DOW-UAP-D48, Department of the Air Force Report, 1996
Agency: Department of War
Incident date: 9/10/96
Page 20
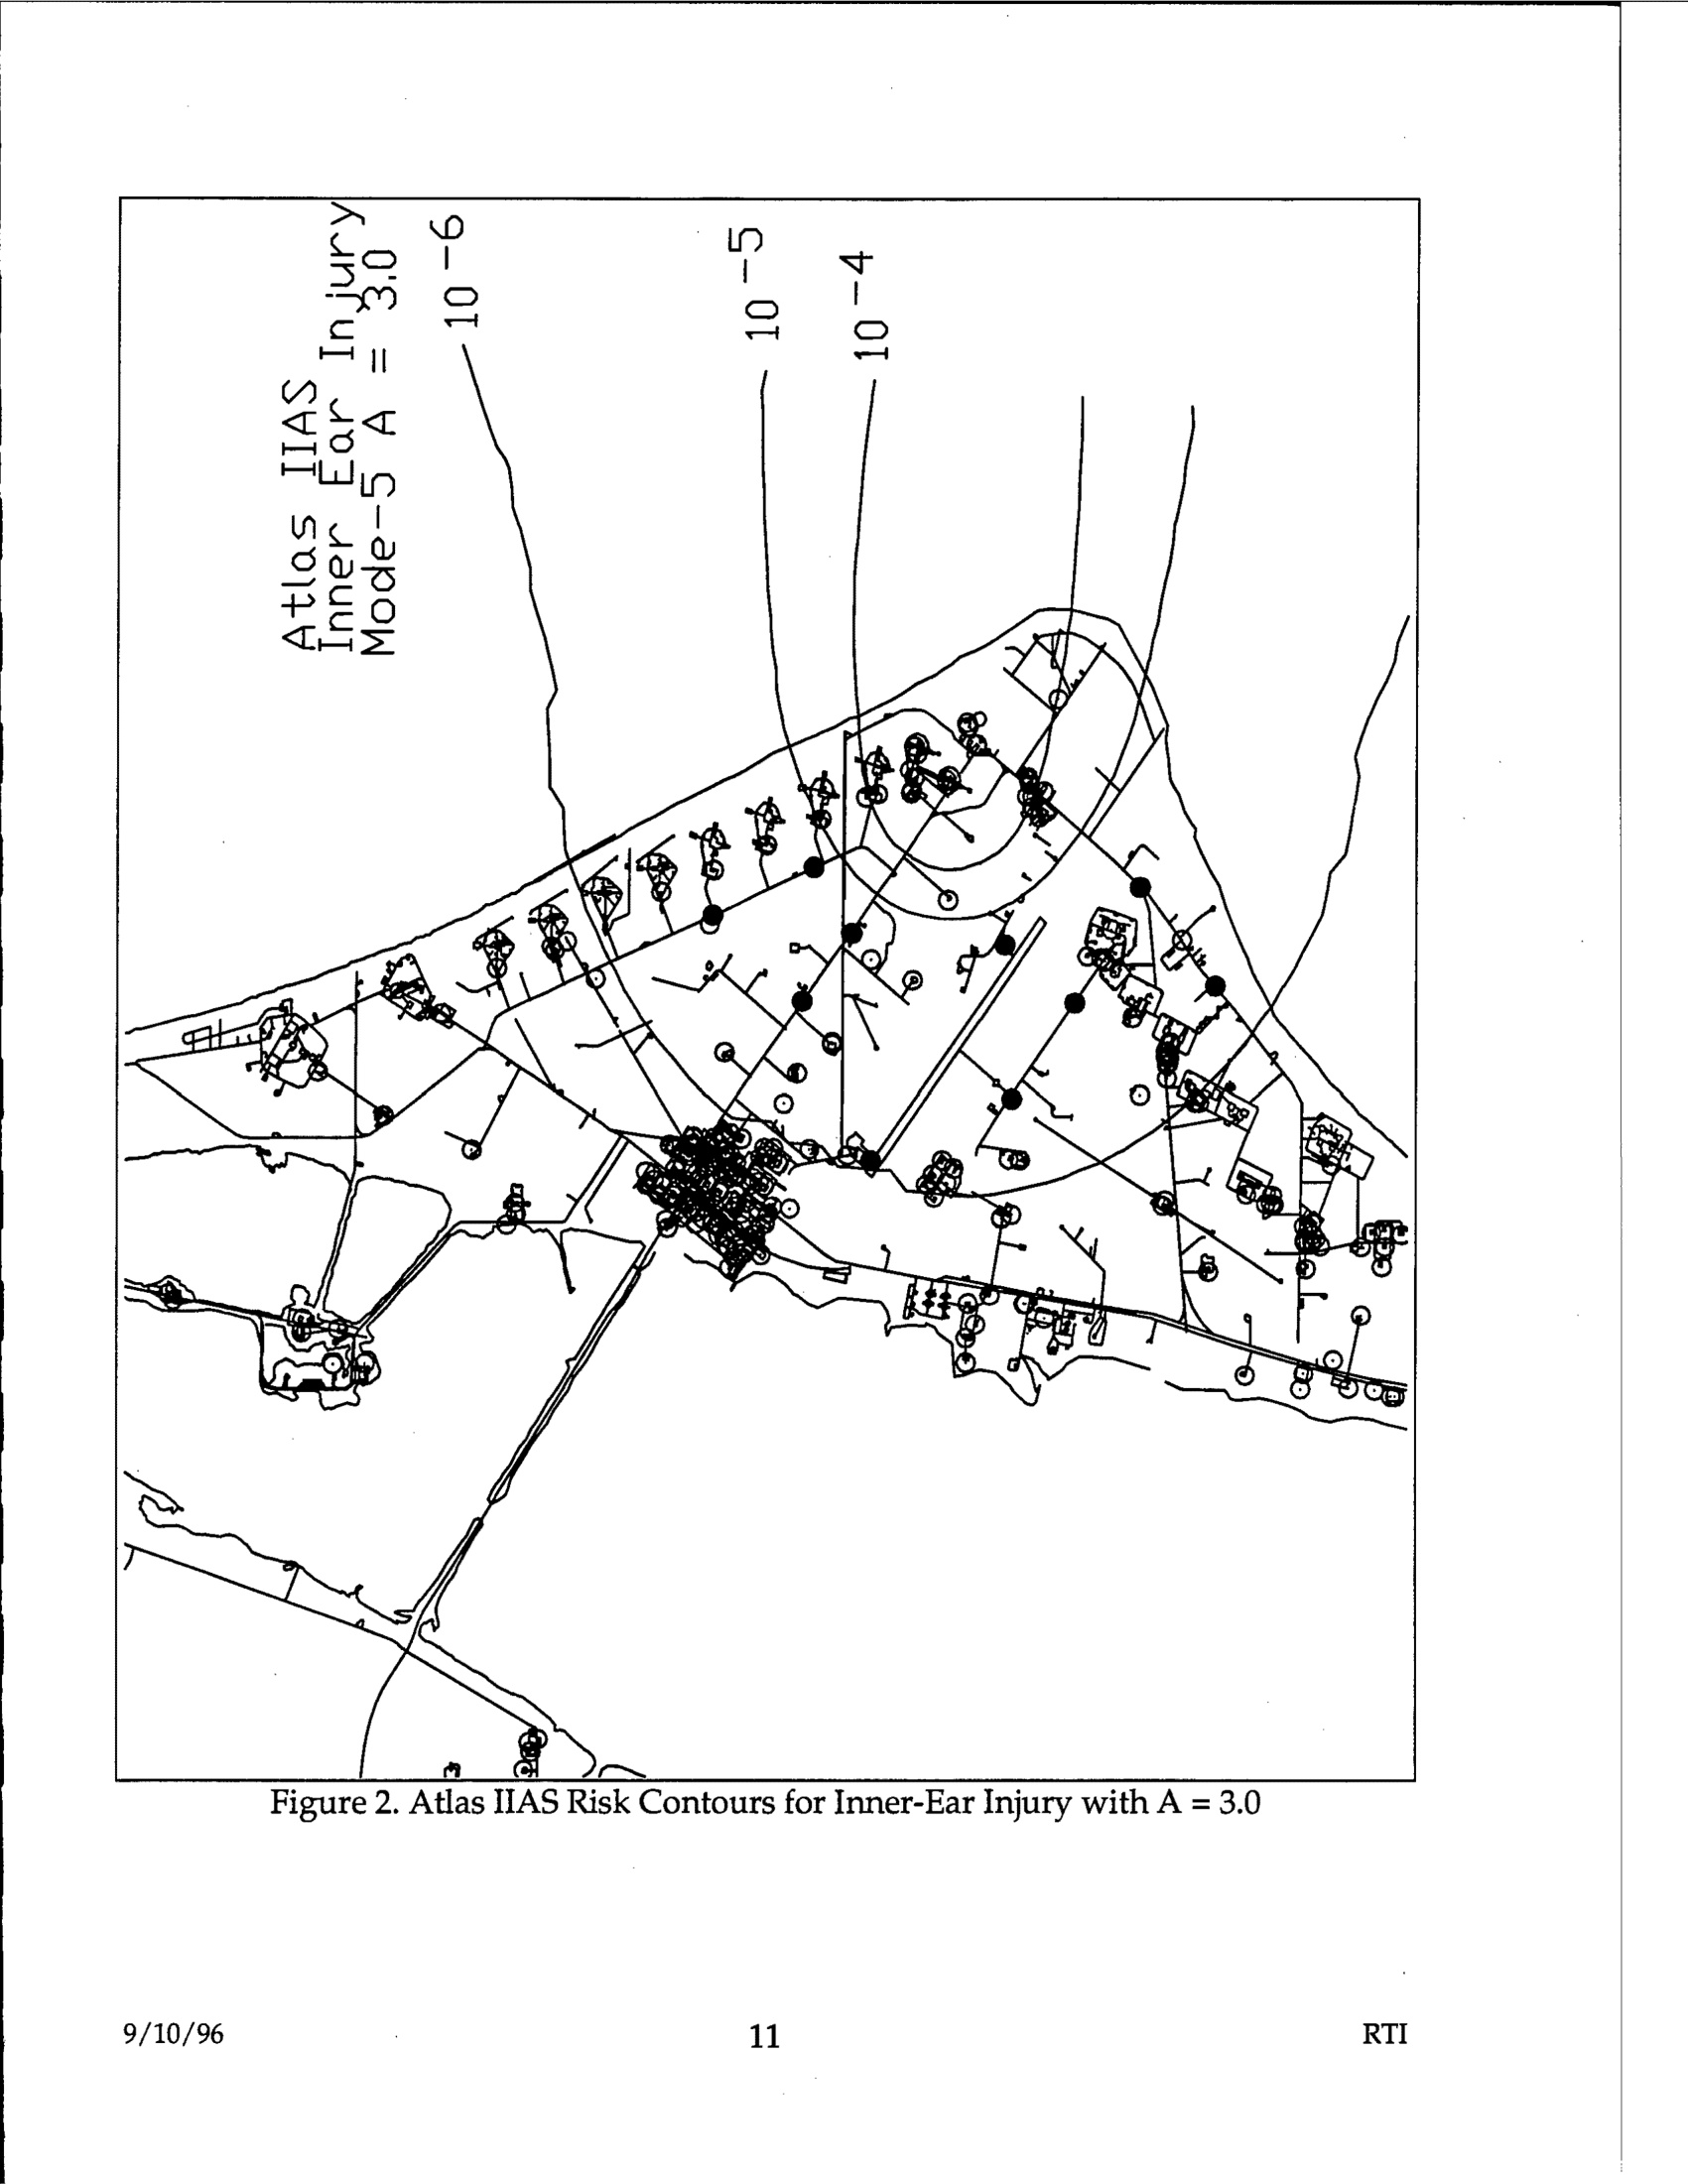